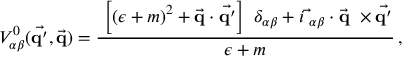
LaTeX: V _ { \alpha \beta } ^ { 0 } ( \vec { \mathrm { \bf q ^ { \prime } } } , \vec { \mathrm { \bf q } } ) = \frac { \displaystyle \ \left[ ( \epsilon + m ) ^ { 2 } + \vec { \mathrm { \bf q } } \cdot \vec { \mathrm { \bf q ^ { \prime } } } \right] \ \delta _ { \alpha \beta } + i \vec { \bf \sigma } _ { \alpha \beta } \cdot \vec { \mathrm { \bf q } } \ \times \vec { \mathrm { \bf q ^ { \prime } } } } { \displaystyle \epsilon + m } \, ,